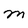
Character: M